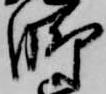
脚